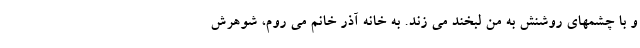
و با چشمهای روشنش به من لبخند می زند. به خانه آذر خانم می روم، شوهرش